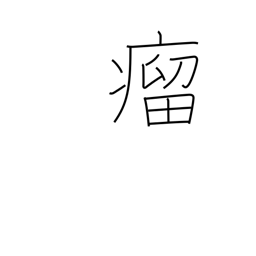
Meaning: lump